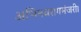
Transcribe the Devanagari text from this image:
अभिनवरागमंजरी।